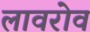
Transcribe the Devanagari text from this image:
लावरोव